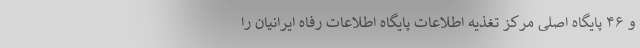
و ۴۶ پایگاه اصلی مرکز تغذیه اطلاعات پایگاه اطلاعات رفاه ایرانیان را